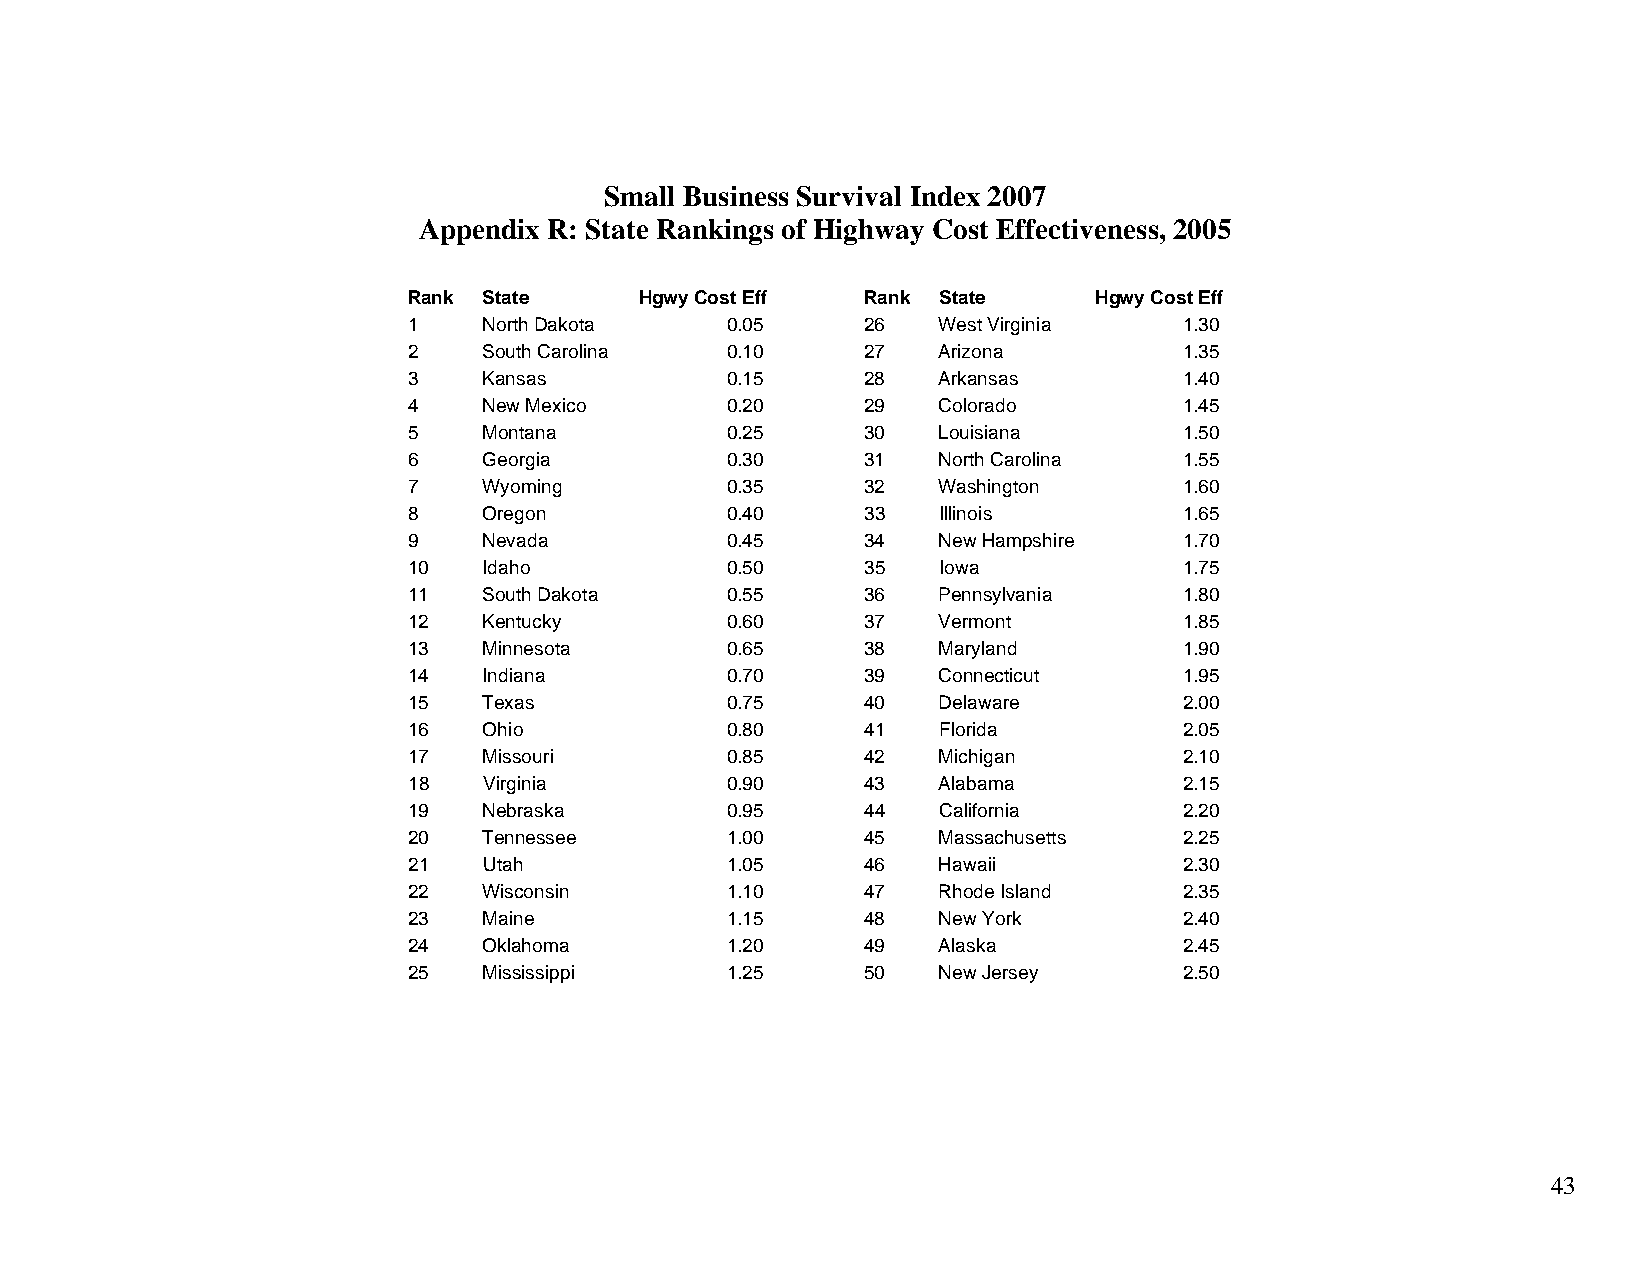
Small Business Survival Index 2007
 Appendix R: State Rankings of Highway Cost Effectiveness, 2005
 Rank State     Hgwy Cost Eff  Rank State     Hgwy Cost Eff
 1    North Dakota    0.05     26   West Virginia   1.30
 2    South Carolina  0.10     27   Arizona         1.35
 3    Kansas          0.15     28   Arkansas        1.40
 4    New Mexico      0.20     29   Colorado        1.45
 5    Montana         0.25     30   Louisiana       1.50
 6    Georgia         0.30     31   North Carolina  1.55
 7    Wyoming         0.35     32   Washington      1.60
 8    Oregon          0.40     33   Illinois        1.65
 9    Nevada          0.45     34   New Hampshire   1.70
 10   Idaho           0.50     35   Iowa            1.75
 11   South Dakota    0.55     36   Pennsylvania    1.80
 12   Kentucky        0.60     37   Vermont         1.85
 13   Minnesota       0.65     38   Maryland        1.90
 14   Indiana         0.70     39   Connecticut     1.95
 15   Texas           0.75     40   Delaware        2.00
 16   Ohio            0.80     41   Florida         2.05
 17   Missouri        0.85     42   Michigan        2.10
 18   Virginia        0.90     43   Alabama         2.15
 19   Nebraska        0.95     44   California      2.20
 20   Tennessee       1.00     45   Massachusetts   2.25
 21   Utah            1.05     46   Hawaii          2.30
 22   Wisconsin       1.10     47   Rhode Island    2.35
 23   Maine           1.15     48   New York        2.40
 24   Oklahoma        1.20     49   Alaska          2.45
 25   Mississippi     1.25     50   New Jersey      2.50
 43